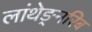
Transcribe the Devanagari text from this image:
लांथेङ्नरिब